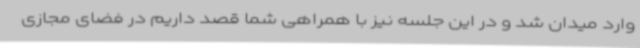
وارد میدان شد و در این جلسه نیز با همراهی شما قصد داریم در فضای مجازی